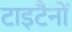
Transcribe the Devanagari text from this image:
टाइटैनों